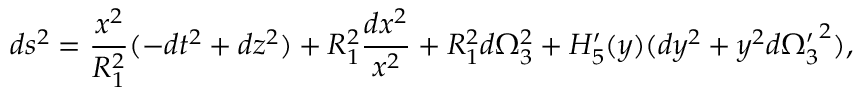
d s ^ { 2 } = { \frac { x ^ { 2 } } { R _ { 1 } ^ { 2 } } } ( - d t ^ { 2 } + d z ^ { 2 } ) + R _ { 1 } ^ { 2 } { \frac { d x ^ { 2 } } { x ^ { 2 } } } + R _ { 1 } ^ { 2 } d \Omega _ { 3 } ^ { 2 } + H _ { 5 } ^ { \prime } ( y ) ( d y ^ { 2 } + y ^ { 2 } d { \Omega _ { 3 } ^ { \prime } } ^ { 2 } ) ,